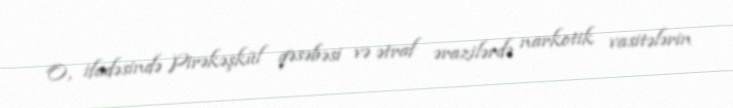
O, ifadəsində Pirəkəşkül qəsəbəsi və ətraf ərazilərdə narkotik vasitələrin